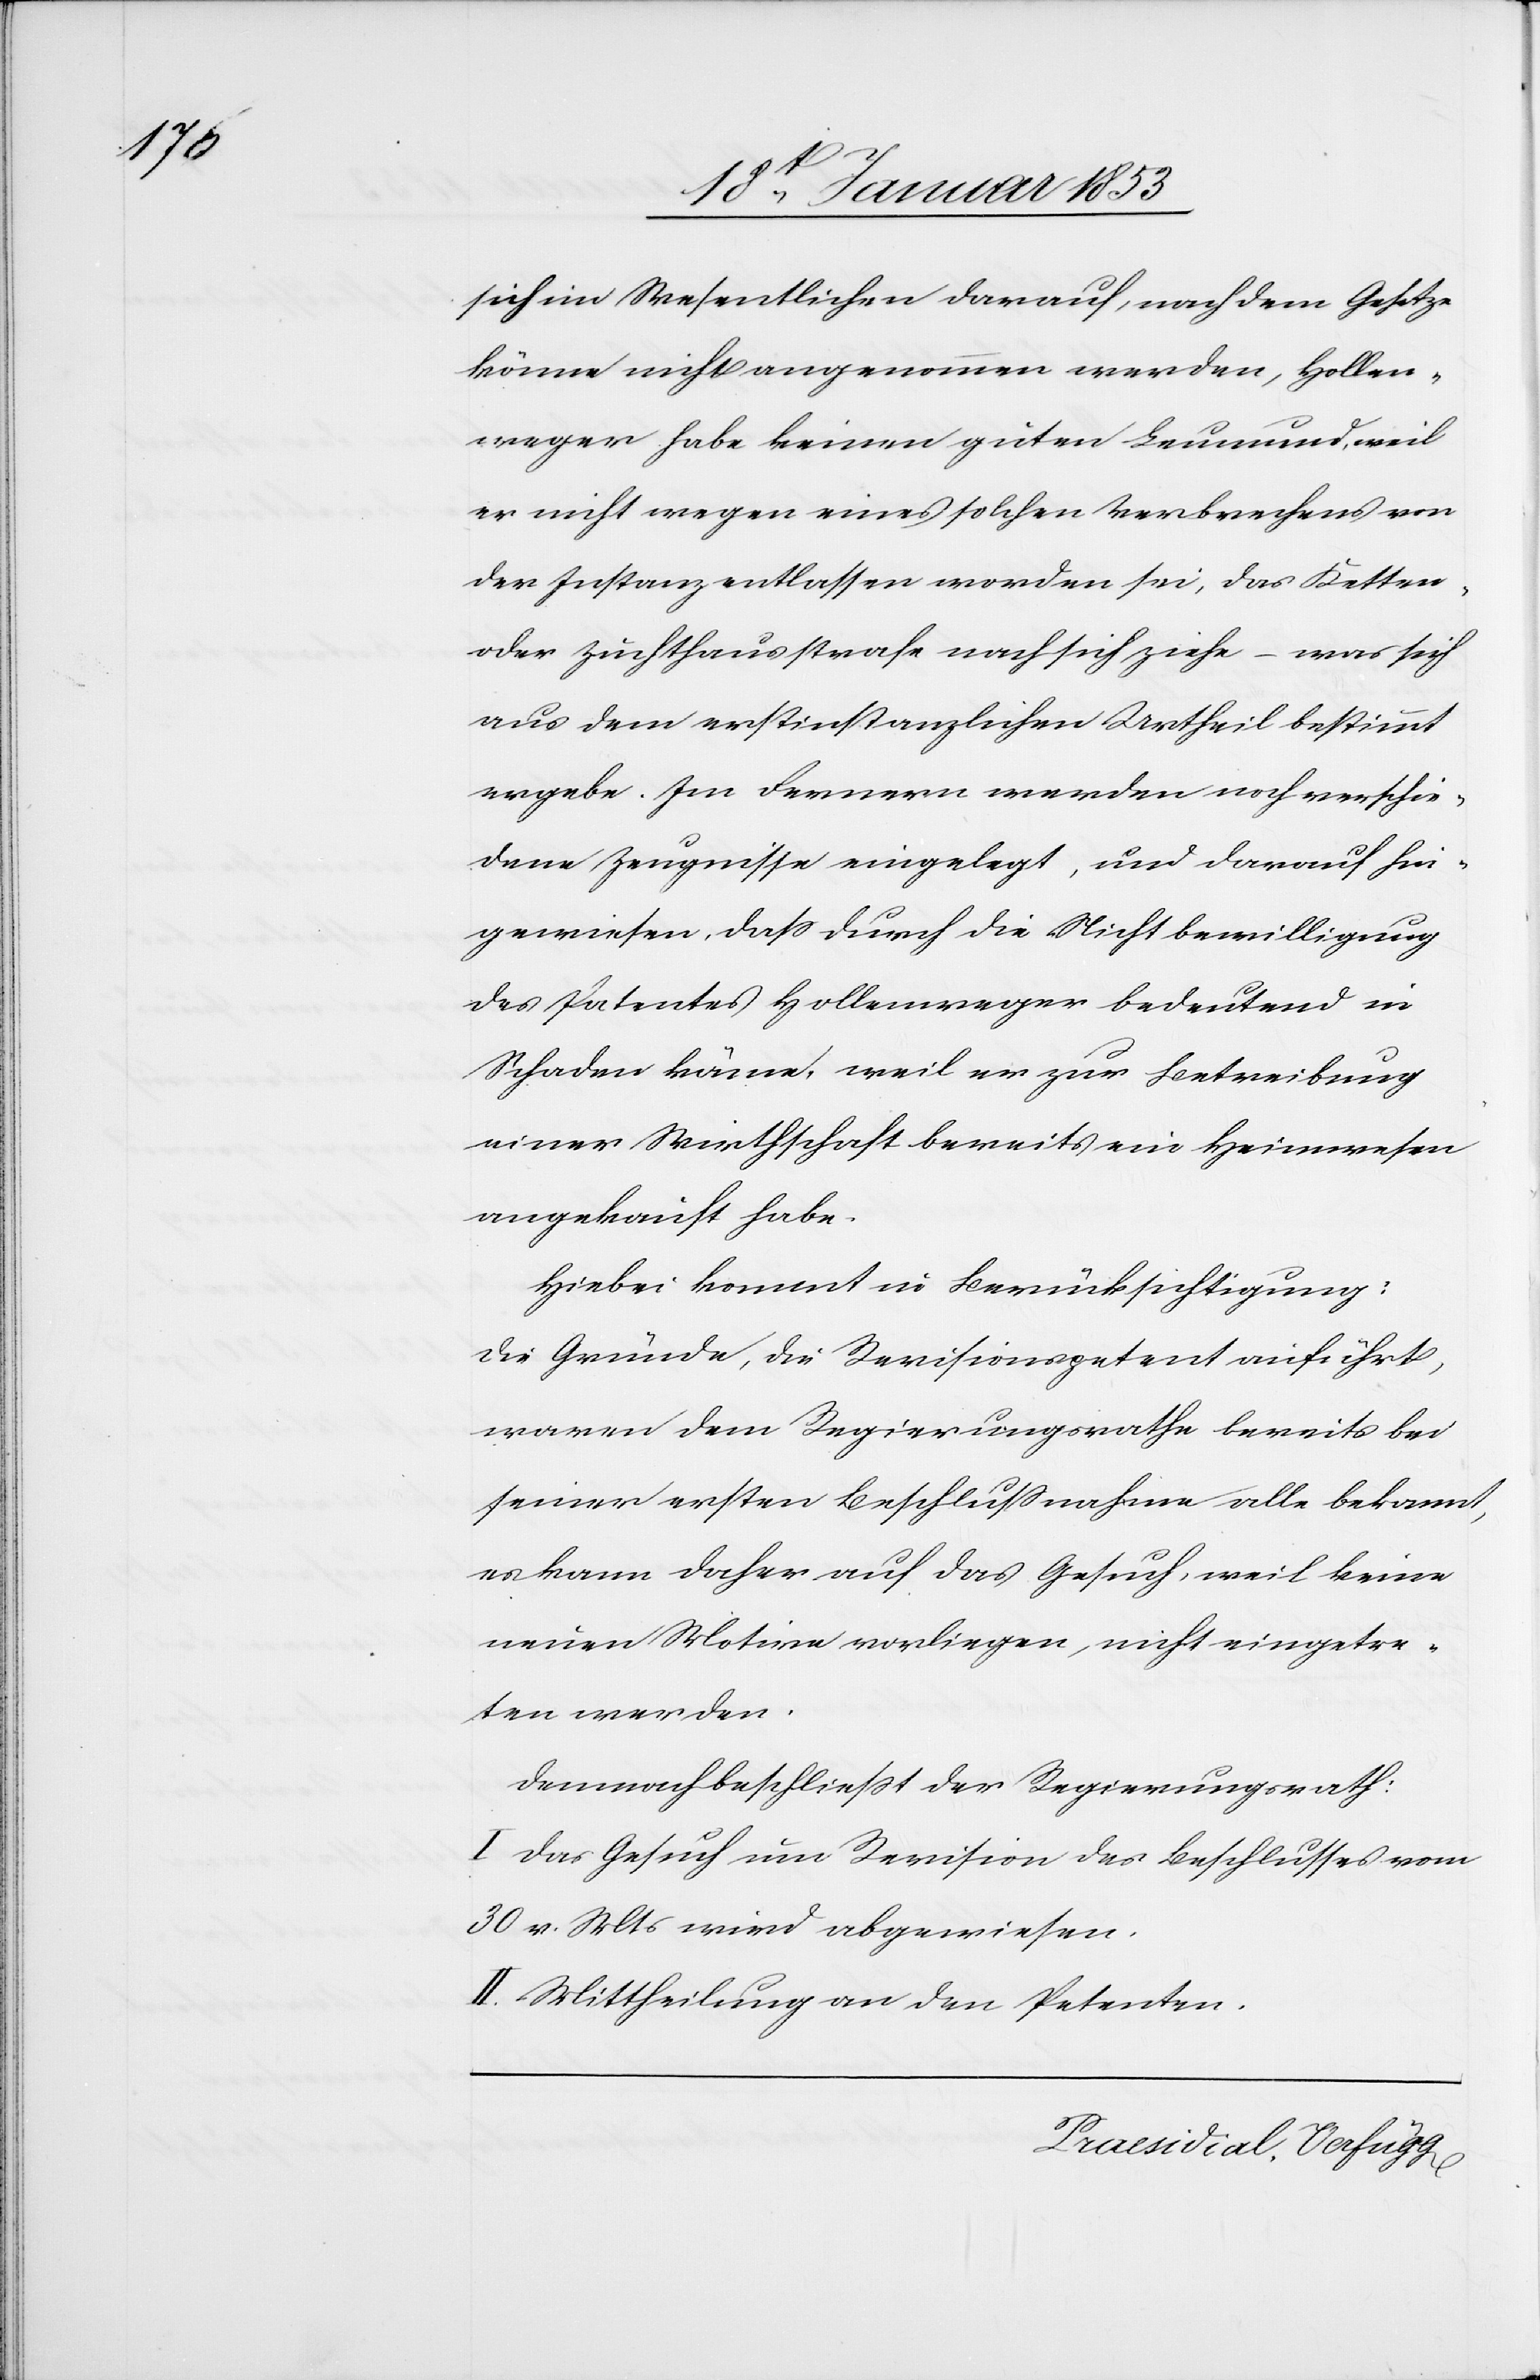
sich im Wesentlichen darauf, nach dem Gesetze
könne nicht angenommen werden, Hollen¬
weger habe keinen guten Leumund, weil
er nicht wegen eines solchen Verbrechens von
der Instanz entlassen worden sei, das Ketten-
oder Zuchthausstrafe nach sich ziehe – was sich
aus dem erstinstanzlichen Urtheil bestimmt
ergebe. Im Fernern werden noch verschie¬
dene Zeugnisse eingelegt, und darauf hin¬
gewiesen, daß durch die Nichtbewilligung
des Patentes Hollenweger bedeutend in
Schaden käme, weil er zur Betreibung
einer Wirtschaft bereits ein Heimwesen
angekauft habe.
Hiebei kommt in Berücksichtigung:
die Gründe, die Revisionspetent aufführt,
waren dem Regierungsrathe bereits bei
seiner ersten Beschlußnahme alle bekannt,
es kann daher auf das Gesuch, weil keine
neuen Motive vorliegen, nicht eingetre¬
ten werden.
demnach beschließt der Regierungsrath.
I. Das Gesuch um Revision des Beschlusses vom
30 v. Mts. wird abgewiesen.
II. Mittheilung an den Petenten.